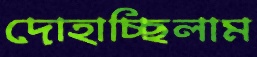
দোহাচ্ছিলাম